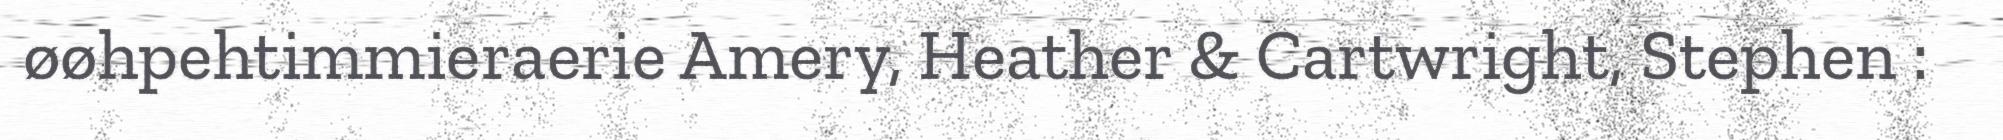
øøhpehtimmieraerie Amery, Heather & Cartwright, Stephen :